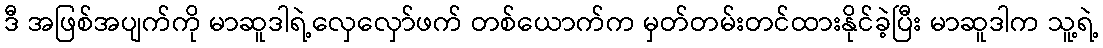
ဒီ အဖြစ်အပျက်ကို မာဆူဒါရဲ့လှေလှော်ဖက် တစ်ယောက်က မှတ်တမ်းတင်ထားနိုင်ခဲ့ပြီး မာဆူဒါက သူ့ရဲ့